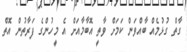
ގާތް ގުޅުމެއް ބާއްވަން ކަމަށް ވާތީ އޮބާމާއަށް އެ މީހުންގެ ފަރާތުން އޮތް